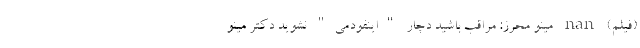
(فیلم) nan مینو محرز: مراقب باشید دچار "اینفودمی" نشوید دکتر مینو